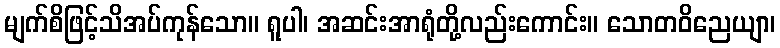
မျက်စိဖြင့်သိအပ်ကုန်သော။ ရူပါ၊ အဆင်းအာရုံတို့လည်းကောင်း။ သောတဝိညေယျာ၊